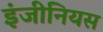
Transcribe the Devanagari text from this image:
इंजीनियस